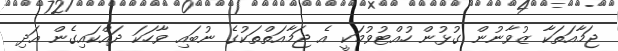
ޖަމާއަތަކާ ޒުވާނުން ގުޅުން ހުއްޓުވުމަކީ އެ ޖަމާއަތްތަކުގެ ނުބައި ވާހަކަ ދައްކައިގެން އަދި